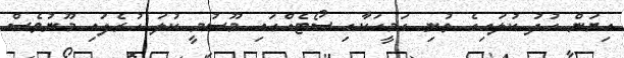
އިޔަން ހުދު ކުލައިގެ ތުނި ގަމީހަކާއި ސޯޓެއްގައި މޫސުމީ ކުލަ ހުރެފައި މޫނުވެސް